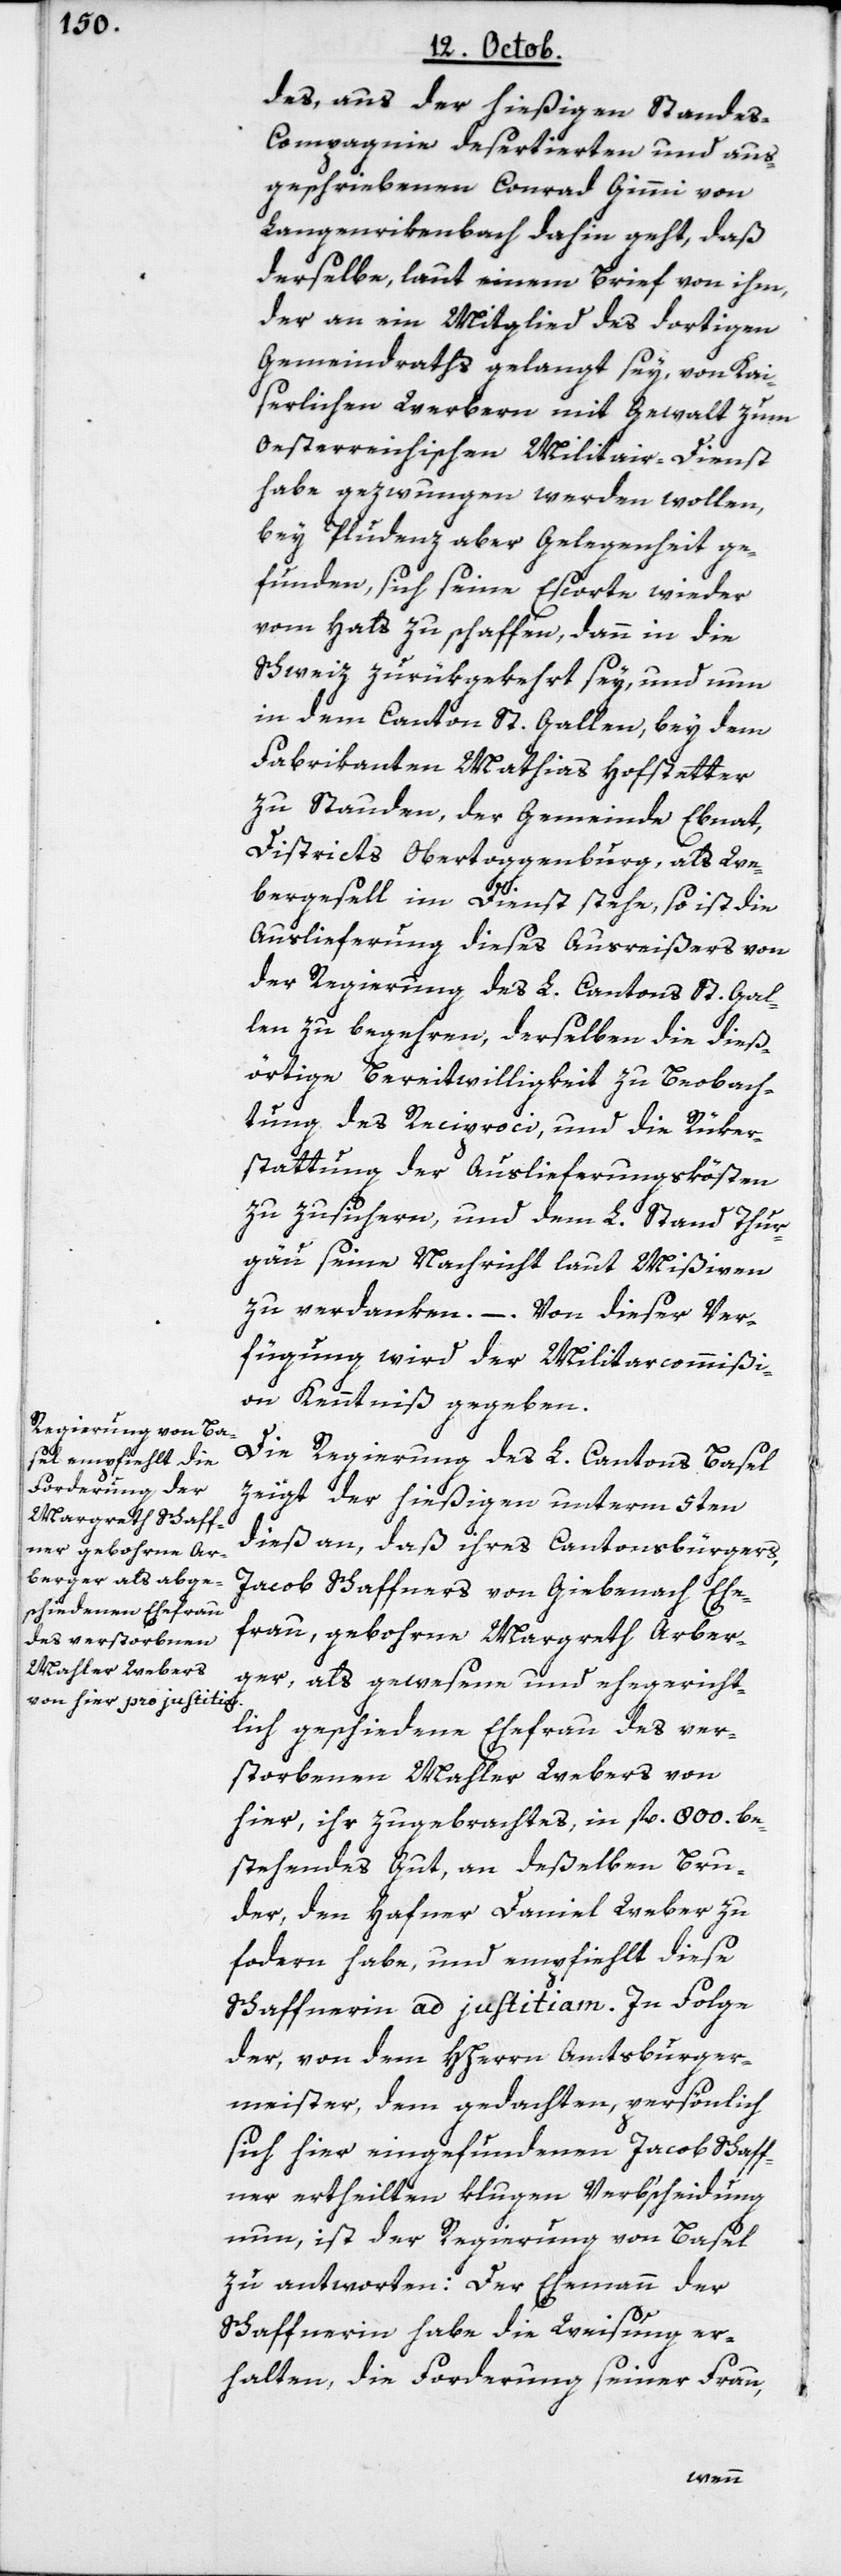
des, aus der hießigen Stande¬
s-Compagnie desertierten und aus¬
geschriebenen Conrad Gimmi von
Langrikenbach dahin geht, daß
derselbe, laut einem Brief von ihm,
der an ein Mitglied des dortigen
Gemeindraths gelangt sey, von Kai¬
serlichen Werbern mit Gewalt zum
Oesterreichischen Militair-Dienst
habe gezwungen werden wollen,
bey Pludenz aber Gelegenheit ge¬
funden, sich seine Escorte wieder
vom Hals zu schaffen, dann in die
Schweiz zurükgekehrt sey, und nun
in dem Canton St. Gallen, bey dem
Fabrikanten Mathias Hofstetter
zu Stauden, der Gemeinde Ebnat,
Districts Obertoggenburg, als We¬
bergesell im Dienst stehe, so ist die
Auslieferung dieses Ausreißers von
der Regierung des L. Cantons St. Gal¬
len zu begehren; derselben die dieß¬
örtige Bereitwilligkeit zu Beobach¬
tung des Reciproci und die Rüker¬
stattung der Auslieferungskösten
zu zusichern, und dem L. Stand Thur¬
gäu seine Nachricht laut Mißiven
zu verdanken. – Von dieser Ver¬
fügung wird der Militarcommißi¬
on Kenntniß gegeben.
Die Regierung des L. Cantons Basel
zeigt der hießigen unterm 5ten
dieß an, daß ihres Cantonsbürgers,
Jacob Schaffners von Giebenach Ehe¬
frau, gebohrne Margreth Arber¬
ger, als gewesene und ehegericht¬
lich geschiedene Ehefrau des ver¬
storbenen Mahler Webers von
hier, ihr zugebrachtes, in fl. 800. be¬
stehendes Gut, an deßelben Bru¬
der, den Hafner Daniel Weber zu
fordern habe, und empfiehlt diese
Schaffnerin ad justitiam. In Folge
der, von dem HHerrn Amtsburger¬
meister, dem gedachten, persönlich
sich hier eingefundenen Jacob Schaff¬
ner ertheilten klugen Verbscheidung
nun, ist der Regierung von Basel
zu antworten: Der Ehemann der
Schaffnerin habe die Weisung er¬
halten, die Forderung seiner Frau,